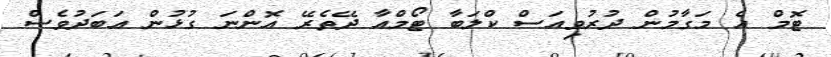
ޓޮމް އެ މަގާމުން ދުރުވިއަސް ކްލަބާ ޓޯމްއާ ދޭތެރޭ އޮންނަ ގުޅުން އަބަދުވެސް